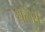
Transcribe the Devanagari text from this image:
धलैरा